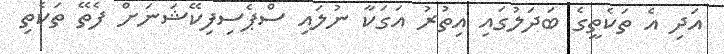
އަދި އެ ތަކެތީގެ ބަދަލުގައި އިތުރު އަގަކާ ނުލައި ސްޕެސިފިކޭޝަނަށް ފެތޭ ތަކެތި